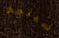
سينجح